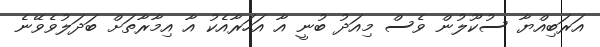
އަރަބިއްޔާ ސުކޫލުން ވެސް މިއަދު ބުނީ އާ އަހަރާއެކު އާ އިމާރާތަށް ބަދަލުވެވޭނެ